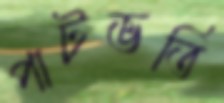
পাটভর্তি